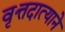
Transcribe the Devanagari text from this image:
वृत्तदात्याने